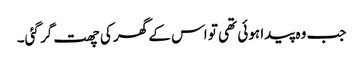
جب وہ پیدا ہوئی تھی تو اس کے گھر کی چھت گر گئی۔